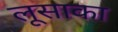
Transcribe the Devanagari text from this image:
लूसाका